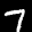
Digit: 7